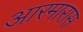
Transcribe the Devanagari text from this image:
आरमारास